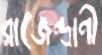
রাজেন্দ্রাণী